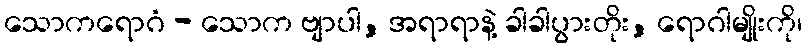
သောကရောဂံ - သောက ဗျာပါ, အရာရာနဲ့ ခါခါပွားတိုး, ရောဂါမျိုးကို၊